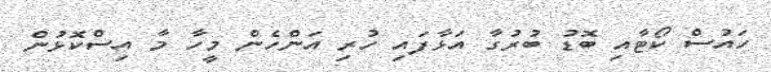
ހައުސް ކޯޓާއި ބޮޑު ބުރުގާ އަޅާފައި ހުރި އަންހެން މީހާ މާ އިސްކޮޅުން